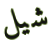
شيل